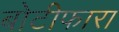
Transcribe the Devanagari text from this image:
बोटीफारा